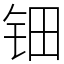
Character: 钿